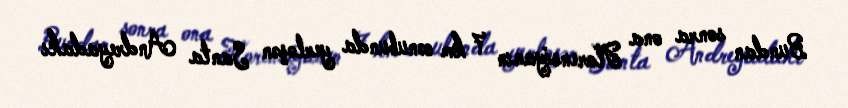
Bundan sonra ona Florensiyanın 7 km cənubunda yerləşən Santa Andreyadakı